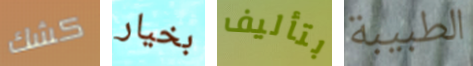
كشك بخيار بتأليف الطبيبة